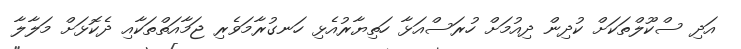
އަދި ސްކޫލްތަކަށް ކުދިން ދިއުމަށް ހުރަސްއަޅާ ހަތިޔާރުއެޅި ހަނގުރާމަވެރި ޖަމާއަތްތަކާއި ދެކޮޅަށް މަލާލާ